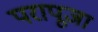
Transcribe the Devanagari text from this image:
परापूजा